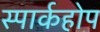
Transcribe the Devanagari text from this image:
स्पार्कहोप